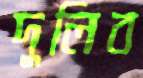
দুলিব